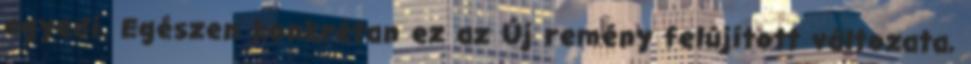
egyedi. Egészen konkrétan ez az Új remény felújított változata,